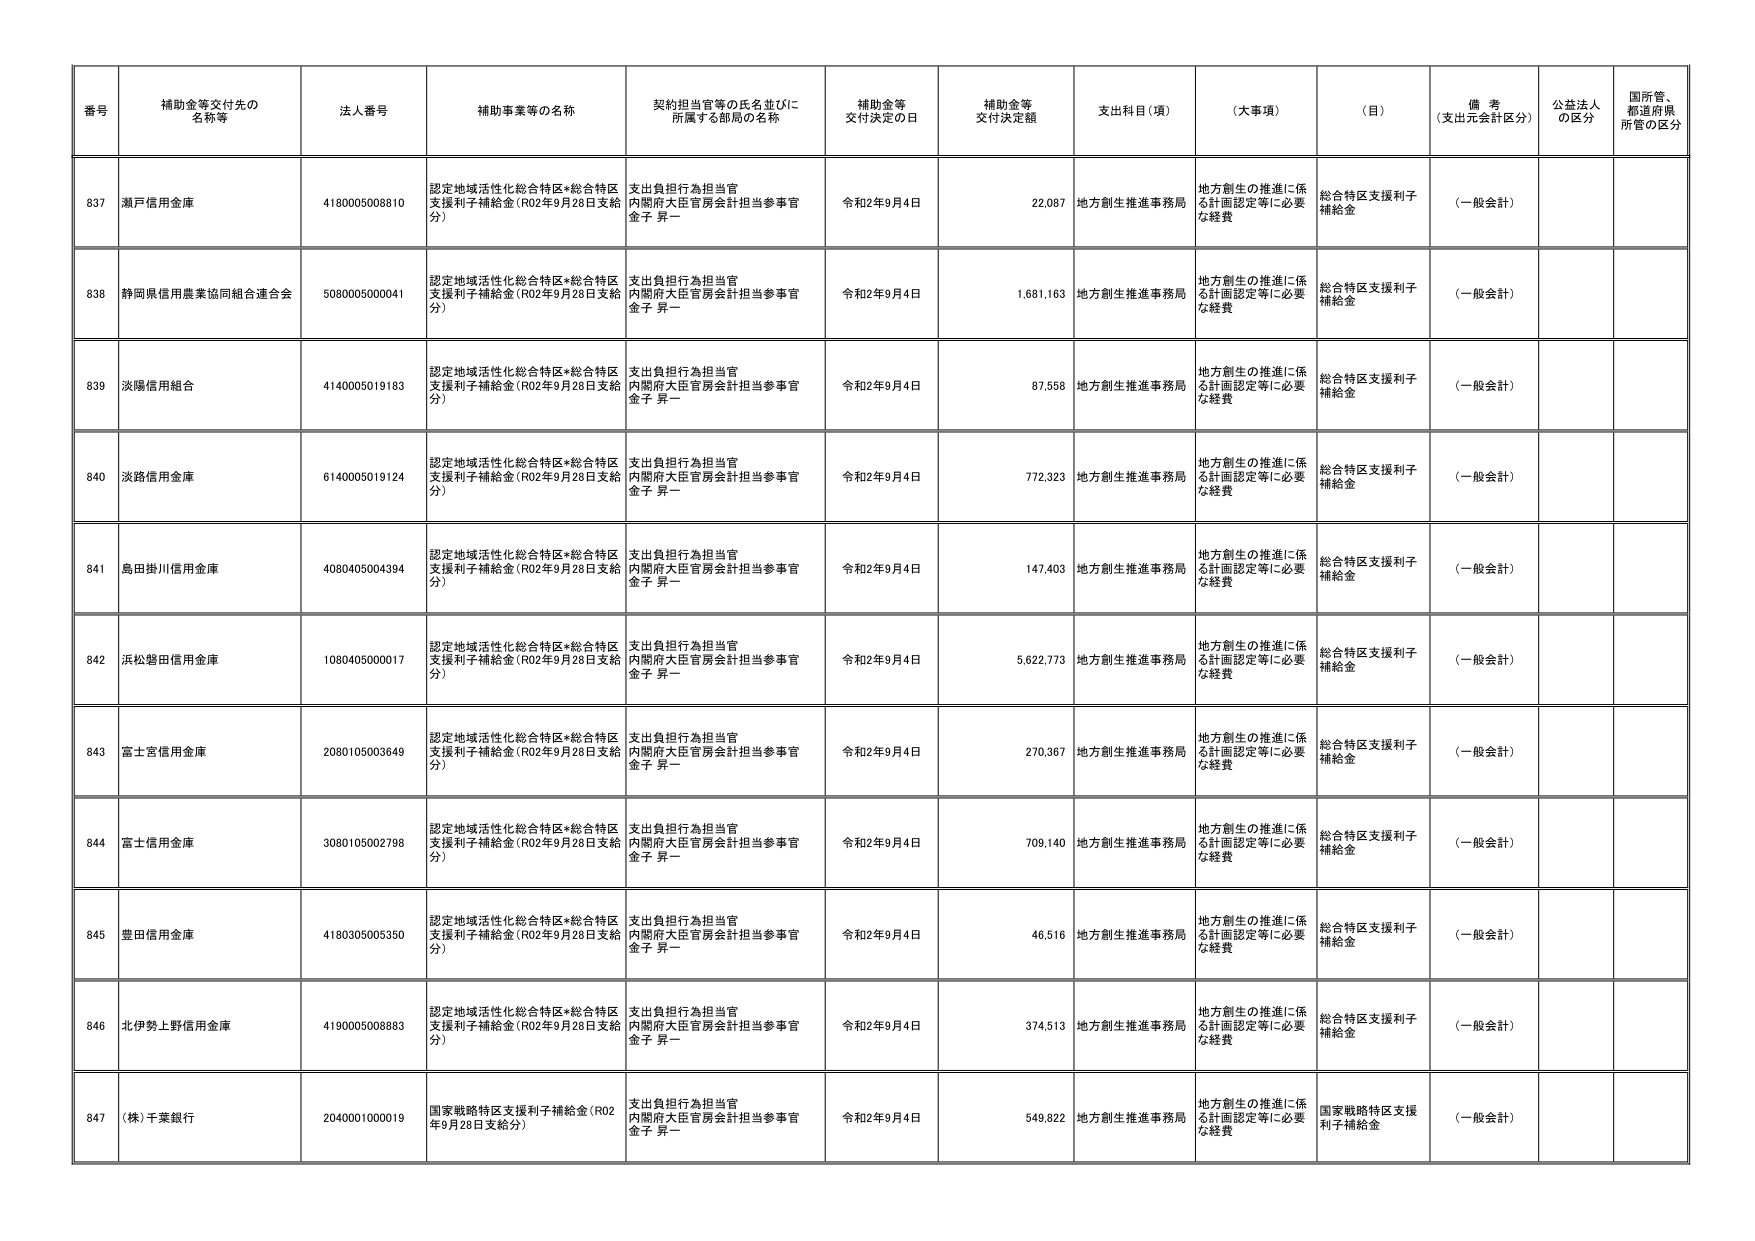
番号 補助金等交付先の名称等 法人番号 補助事業等の名称 契約担当官等の氏名並びに所属する部局の名称 補助金等交付決定の日 補助金等交付決定額 支出科目（項） （大事項） （目） 備考（支出元会計区分） 公益法人の区分 国所管、都道府県所管の区分
837 瀬戸信用金庫 418000500810 認定地域活性化総合特区*総合特区支援利子補給金（R02年9月28日支給分） 支出負担行為担当官 内閣府大臣官房会計担当参事官 金子 昇一 令和2年9月4日 22,087 地方創生推進事務局 地方創生の推進に係る計画認定等に必要な経費 総合特区支援利子補給金 （一般会計）
838 静岡県信用農業協同組合連合会 5080005000041 認定地域活性化総合特区*総合特区支援利子補給金（R02年9月28日支給分） 支出負担行為担当官 内閣府大臣官房会計担当参事官 金子 昇一 令和2年9月4日 1,681,163 地方創生推進事務局 地方創生の推進に係る計画認定等に必要な経費 総合特区支援利子補給金 （一般会計）
839 淡陽信用組合 4140005019183 認定地域活性化総合特区*総合特区支援利子補給金（R02年9月28日支給分） 支出負担行為担当官 内閣府大臣官房会計担当参事官 金子 昇一 令和2年9月4日 87,558 地方創生推進事務局 地方創生の推進に係る計画認定等に必要な経費 総合特区支援利子補給金 （一般会計）
840 淡路信用金庫 6140005019124 認定地域活性化総合特区*総合特区支援利子補給金（R02年9月28日支給分） 支出負担行為担当官 内閣府大臣官房会計担当参事官 金子 昇一 令和2年9月4日 772,323 地方創生推進事務局 地方創生の推進に係る計画認定等に必要な経費 総合特区支援利子補給金 （一般会計）
841 島田掛川信用金庫 4080405004394 認定地域活性化総合特区*総合特区支援利子補給金（R02年9月28日支給分） 支出負担行為担当官 内閣府大臣官房会計担当参事官 金子 昇一 令和2年9月4日 147,403 地方創生推進事務局 地方創生の推進に係る計画認定等に必要な経費 総合特区支援利子補給金 （一般会計）
842 浜松磐田信用金庫 1080405000017 認定地域活性化総合特区*総合特区支援利子補給金（R02年9月28日支給分） 支出負担行為担当官 内閣府大臣官房会計担当参事官 金子 昇一 令和2年9月4日 5,622,773 地方創生推進事務局 地方創生の推進に係る計画認定等に必要な経費 総合特区支援利子補給金 （一般会計）
843 富士宮信用金庫 2080105003649 認定地域活性化総合特区*総合特区支援利子補給金（R02年9月28日支給分） 支出負担行為担当官 内閣府大臣官房会計担当参事官 金子 昇一 令和2年9月4日 270,367 地方創生推進事務局 地方創生の推進に係る計画認定等に必要な経費 総合特区支援利子補給金 （一般会計）
844 富士信用金庫 3080105002798 認定地域活性化総合特区*総合特区支援利子補給金（R02年9月28日支給分） 支出負担行為担当官 内閣府大臣官房会計担当参事官 金子 昇一 令和2年9月4日 709,140 地方創生推進事務局 地方創生の推進に係る計画認定等に必要な経費 総合特区支援利子補給金 （一般会計）
845 豊田信用金庫 4180305005350 認定地域活性化総合特区*総合特区支援利子補給金（R02年9月28日支給分） 支出負担行為担当官 内閣府大臣官房会計担当参事官 金子 昇一 令和2年9月4日 46,516 地方創生推進事務局 地方創生の推進に係る計画認定等に必要な経費 総合特区支援利子補給金 （一般会計）
846 北伊勢上野信用金庫 4190005008883 認定地域活性化総合特区*総合特区支援利子補給金（R02年9月28日支給分） 支出負担行為担当官 内閣府大臣官房会計担当参事官 金子 昇一 令和2年9月4日 374,513 地方創生推進事務局 地方創生の推進に係る計画認定等に必要な経費 総合特区支援利子補給金 （一般会計）
847 （株）千葉銀行 2040001000019 国家戦略特区支援利子補給金（R02年9月28日支給分） 支出負担行為担当官 内閣府大臣官房会計担当参事官 金子 昇一 令和2年9月4日 549,822 地方創生推進事務局 地方創生の推進に係る計画認定等に必要な経費 国家戦略特区支援利子補給金 （一般会計）